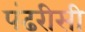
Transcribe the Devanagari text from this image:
पंढरीसी